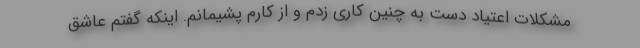
مشکلات اعتیاد دست به چنین کاری زدم و از کارم پشیمانم. اینکه گفتم عاشق